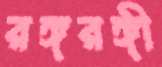
রঙ্গরঙ্গী